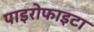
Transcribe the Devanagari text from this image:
पाइरोफाइटा